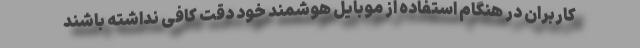
کاربران در هنگام استفاده از موبایل هوشمند خود دقت کافی نداشته باشند